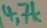
Text: 4,7k